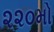
૨૨૦મો